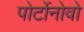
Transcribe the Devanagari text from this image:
पोर्टोनोवो